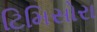
ટિમિસોરા